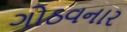
ગોઠવનાર